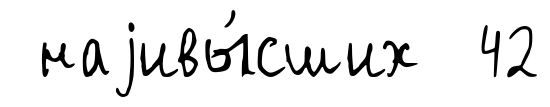
наjивы́сших 42